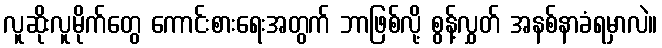
လူဆိုးလူမိုက်တွေ ကောင်းစားရေးအတွက် ဘာဖြစ်လို့ စွန့်လွှတ် အနစ်နာခံရမှာလဲ။